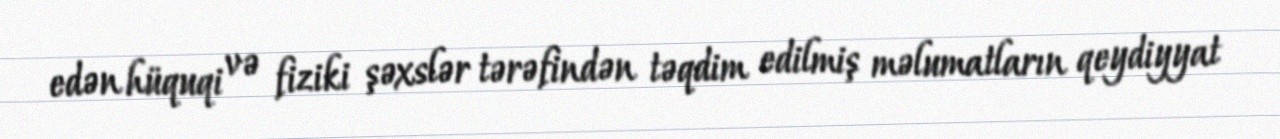
edən hüquqi və fiziki şəxslər tərəfindən təqdim edilmiş məlumatların qeydiyyat